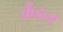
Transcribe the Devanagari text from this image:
क्रैंडल